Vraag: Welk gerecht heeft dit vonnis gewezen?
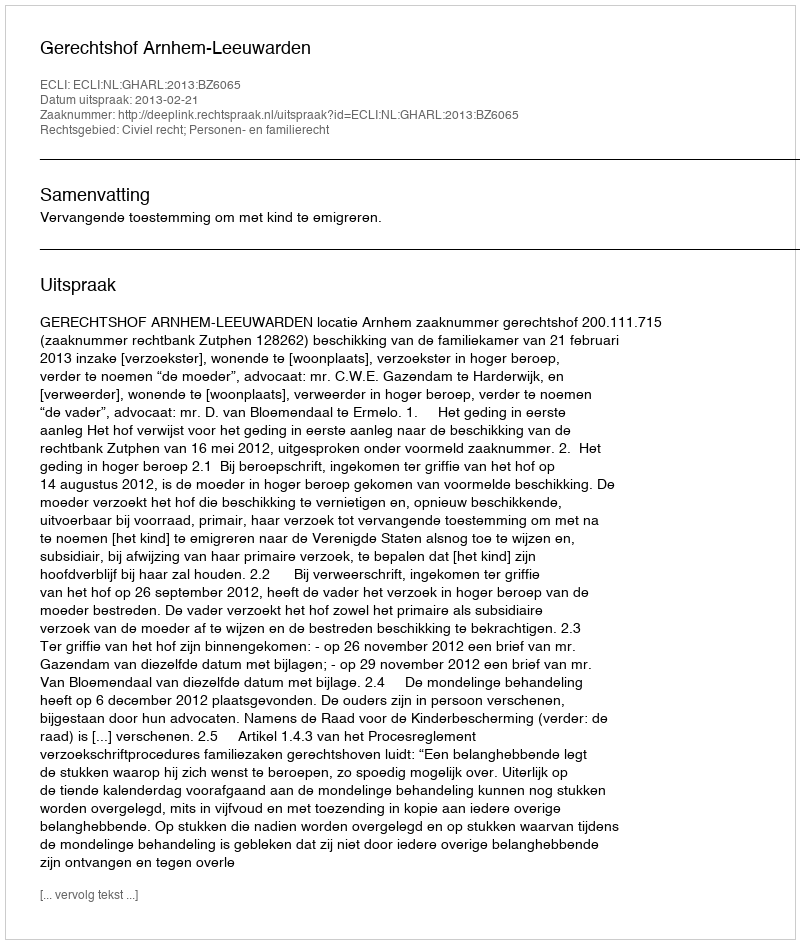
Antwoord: Gerechtshof Arnhem-Leeuwarden